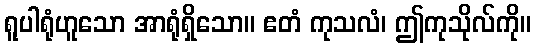
ရူပါရုံဟူသော အာရုံရှိသော။ ဧတံ ကုသလံ၊ ဤကုသိုလ်ကို။